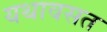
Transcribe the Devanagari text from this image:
यथावसत